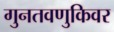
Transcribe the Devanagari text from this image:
गुनतवणुकिवर